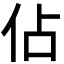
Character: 佔